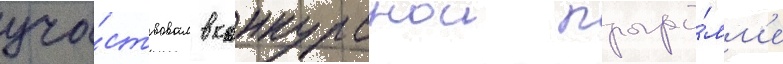
уча́ствовал в конкурснои програ́мм'е